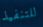
للتنفيذ